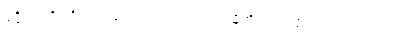
ပုဂ္ဂိုလ်ကို။ ဒိသွာ၊ မြင်၍။ မာတရံဝါ၊ အမိကိုလည်းကောင်း။ ပိတရံဝါ၊